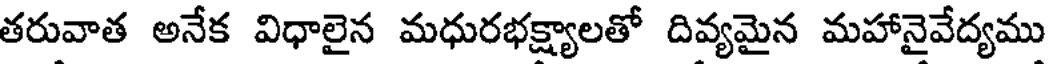
తరువాత అనేక విధాలైన మధురభక్ష్యాలతో దివ్యమైన మహానైవేద్యము